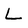
Character: L